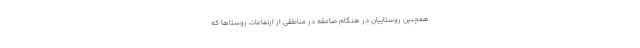
همچنین روستاییان در هنگام صاعقه در مناطقی از ارتفاعات روستاها که